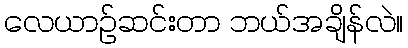
လေယာဉ်ဆင်းတာ ဘယ်အချိန်လဲ။